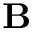
\textbf { B }